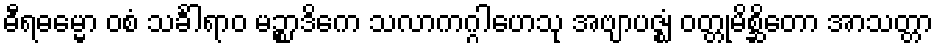
ဓီရဓမ္မော ဝစံ သင်္ခါရာဝ မဉ္စာဒိကေ သလာကဂ္ဂါဟေသု အဗျာပဇ္ဈံ ဝတ္တုမိစ္ဆိတော အာသတ္တာ